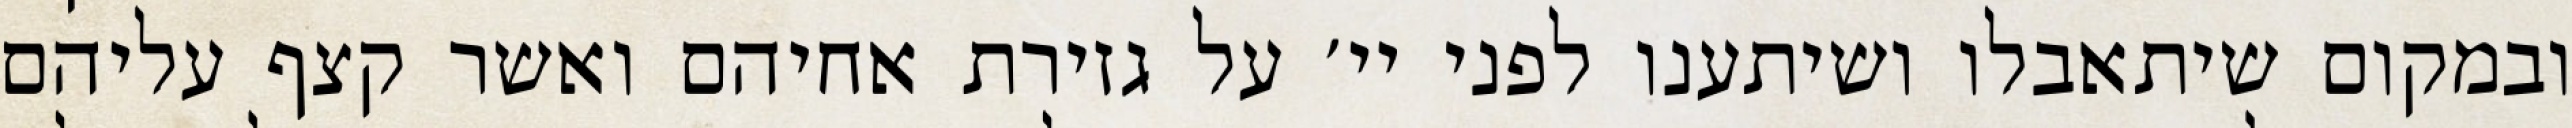
ובמקום שיתאבלו ושיתענו לפני יי׳ על גזירת אחיהם ואשר קצף עליהם